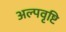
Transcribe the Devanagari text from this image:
अल्पवृष्टि